Annual report of the Punjab Veterinary College and of the Civil Veterinary Department, Punjab - 1909-1919
Year: 1909
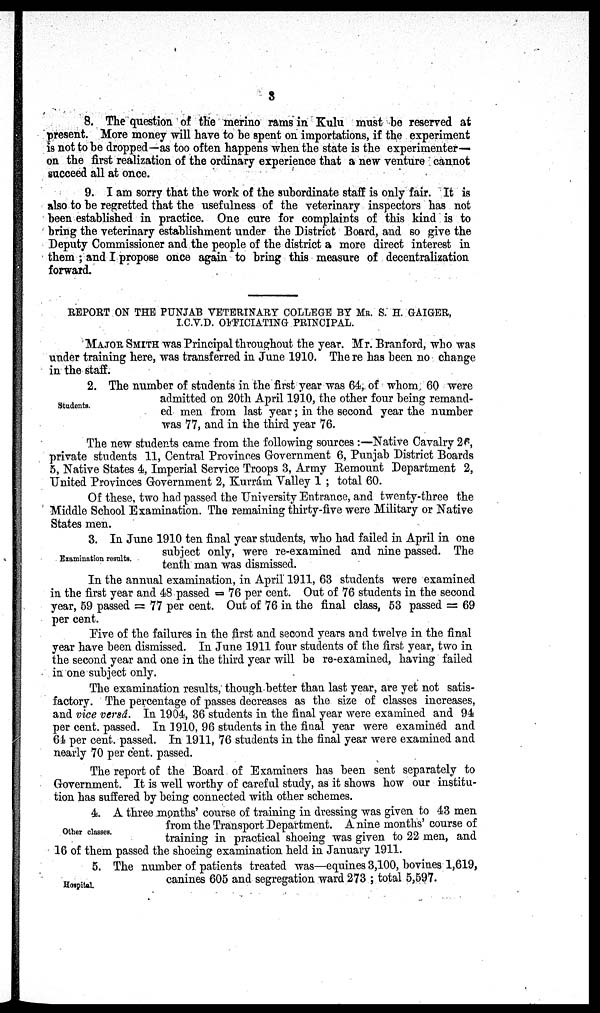
3
8. The question of the merino rams in Kulu must be reserved at
present. More money will have to be spent on importations, if the experiment
is not to be dropped—as too often happens when the state is the experimenter—
on the first realization of the ordinary experience that a new venture cannot
succeed all at once.
9. I am sorry that the work of the subordinate staff is only fair. It is
also to be regretted that the usefulness of the veterinary inspectors has not
been established in practice. One cure for complaints of this kind is to
bring the veterinary establishment under the District Board, and so give the
Deputy Commissioner and the people of the district a more direct interest in
them; and I propose once again to bring this measure of decentralization
forward.
REPORT ON THE PUNJAB VETERINARY COLLEGE BY MR. S. H. GAIGER,
I.C.V.D. OFFICIATING PRINCIPAL.
MAJOR SMITH was Principal throughout the year. Mr. Branford, who was
under training here, was transferred in June 1910. The re has been no change
in the staff.
Students.
2. The number of students in the first year was 64, of whom 60 were
admitted on 20th April 1910, the other four being remand-
ed men from last year; in the second year the number
was 77, and in the third year 76.
The new students came from the following sources:—Native Cavalry 26,
private students 11, Central Provinces Government 6, Punjab District Boards
5, Native States 4, Imperial Service Troops 3, Army Remount Department 2,
United Provinces Government 2, Kurrám Valley 1; total 60.
Of these, two had passed the University Entrance, and twenty-three the
Middle School Examination. The remaining thirty-five were Military or Native
States men.
Examination results.
3. In June 1910 ten final year students, who had failed in April in one
subject only, were re-examined and nine passed. The
tenth man was dismissed.
In the annual examination, in April 1911, 63 students were examined
in the first year and 48 passed = 76 per cent. Out of 76 students in the second
year, 59 passed = 77 per cent. Out of 76 in the final class, 53 passed = 69
per cent.
Five of the failures in the first and second years and twelve in the final
year have been dismissed. In June 1911 four students of the first year, two in
the second year and one in the third year will be re-examined, having failed
in one subject only.
The examination results, though better than last year, are yet not satis-
factory. The percentage of passes decreases as the size of classes increases,
and vice versâ. In 1904, 36 students in the final year were examined and 94
per cent. passed. In 1910, 96 students in the final year were examined and
64 per cent. passed. In 1911, 76 students in the final year were examined and
nearly 70 per cent. passed.
The report of the Board of Examiners has been sent separately to
Government. It is well worthy of careful study, as it shows how our institu-
tion has suffered by being connected with other schemes.
Other classes.
4. A three months' course of training in dressing was given to 43 men
from the Transport Department. A nine months' course of
training in practical shoeing was given to 22 men, and
16 of them passed the shoeing examination held in January 1911.
Hospital.
5. The number of patients treated was—equines 3,100, bovines 1,619,
canines 605 and segregation ward 273; total 5,597.